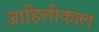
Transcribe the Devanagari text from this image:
जाहिलीकाल